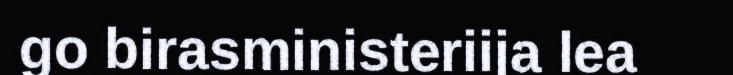
go birasministeriija lea